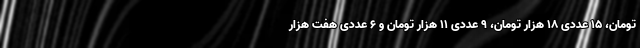
تومان، ۱۵ عددی ۱۸ هزار تومان، ۹ عددی ۱۱ هزار تومان و ۶ عددی هفت هزار